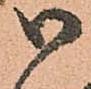
御